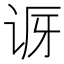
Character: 𬣨